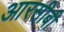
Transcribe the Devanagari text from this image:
आरसीबी